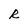
Character: R